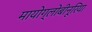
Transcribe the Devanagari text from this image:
मायोग्लोबीनूरिया